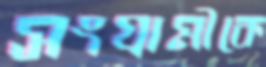
সংগ্রামীকে